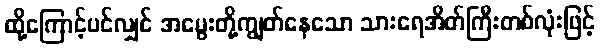
ထို့ကြောင့်ပင်လျှင် အမွေးတို့ကျွတ်နေသော သားရေအိတ်ကြီးတစ်လုံးဖြင့်